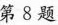
第8题